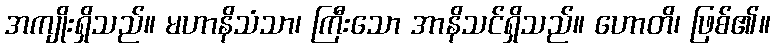
အကျိုးရှိသည်။ မဟာနိသံသာ၊ ကြီးသော အာနိသင်ရှိသည်။ ဟောတိ၊ ဖြစ်၏။